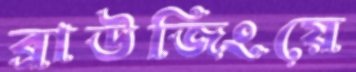
ব্রাউজিংয়ে